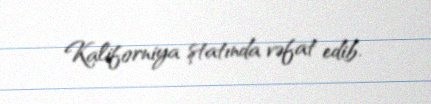
Kaliforniya ştatında vəfat edib.